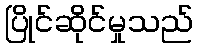
ပြိုင်ဆိုင်မှုသည်